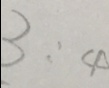
3 : 4